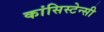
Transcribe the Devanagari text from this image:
कांसिस्टेन्सी